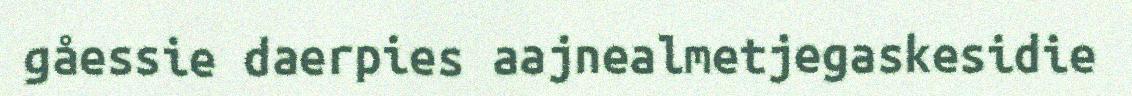
gåessie daerpies aajnealmetjegaskesidie